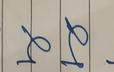
Signature authenticity: genuine